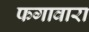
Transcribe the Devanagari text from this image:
फगावारा